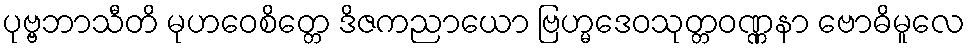
ပုဗ္ဗဘာသီတိ မုဟဝေစိတ္တေ ဒိဇကညာယော ဗြဟ္မဒေဝသုတ္တဝဏ္ဏနာ ဗောဓိမူလေ